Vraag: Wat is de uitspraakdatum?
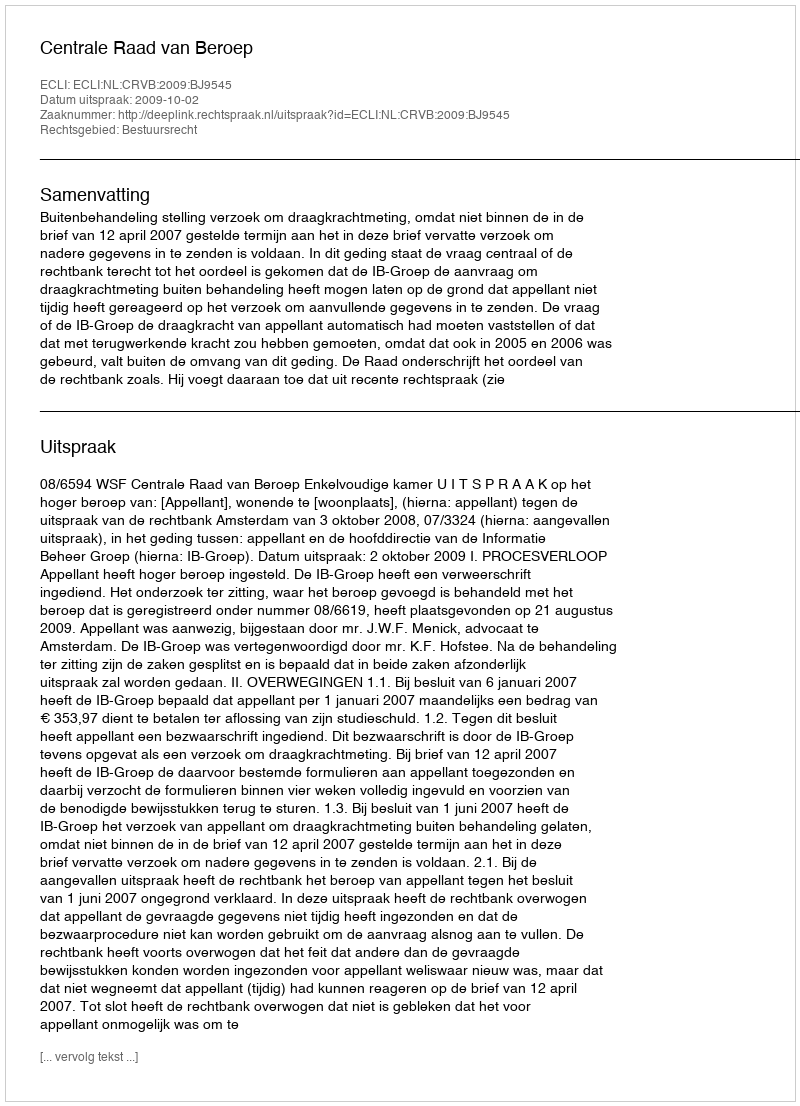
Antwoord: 2009-10-02